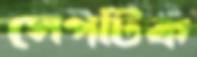
সেপটিক